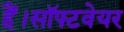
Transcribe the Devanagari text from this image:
हैं।सॉफ्टवेयर